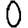
Digit: 0